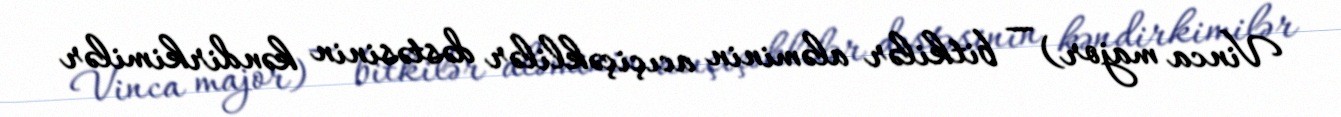
Vinca major) — bitkilər aləminin acıçiçəklilər dəstəsinin kəndirkimilər